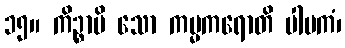
၁၅။ ကိဉ္စာပိ သော ကမ္မကရောတိ ပါပကံ၊